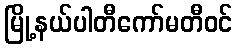
မြို့နယ်ပါတီကော်မတီဝင်